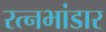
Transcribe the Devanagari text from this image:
रत्नभांडार